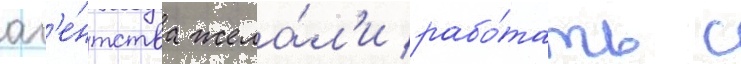
аг'е́нтства жела́л'и рабо́тать с